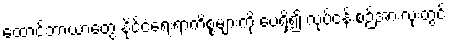
ထောင်ဘာယာတွေ နိုင်ငံရေးရာကိစ္စများကို ပေရှိ၍ လုပ်ငန်းစဉ်အားလုံးတွင်